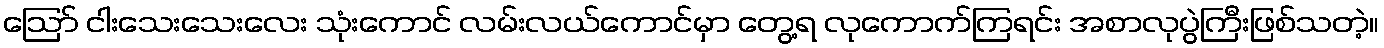
ဪ ငါးသေးသေးလေး သုံးကောင် လမ်းလယ်ကောင်မှာ တွေ့ရ လုကောက်ကြရင်း အစာလုပွဲကြီးဖြစ်သတဲ့။